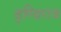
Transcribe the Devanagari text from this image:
ढुण्ढि़राज